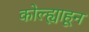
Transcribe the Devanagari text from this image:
कोल्ह्याहून